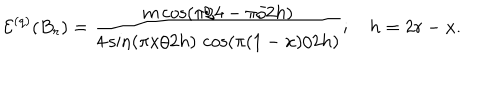
LaTeX: \mathcal { E } ^ { ( q ) } ( B _ { r } ) = \frac { m \cos ( \pi / 4 - \pi / 2 h ) } { 4 \sin ( \pi x / 2 h ) \, \cos ( \pi ( 1 - x ) / 2 h ) } ; \quad h = 2 r - x .